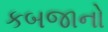
કબજાનો